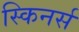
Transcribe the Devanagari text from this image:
स्किनर्स